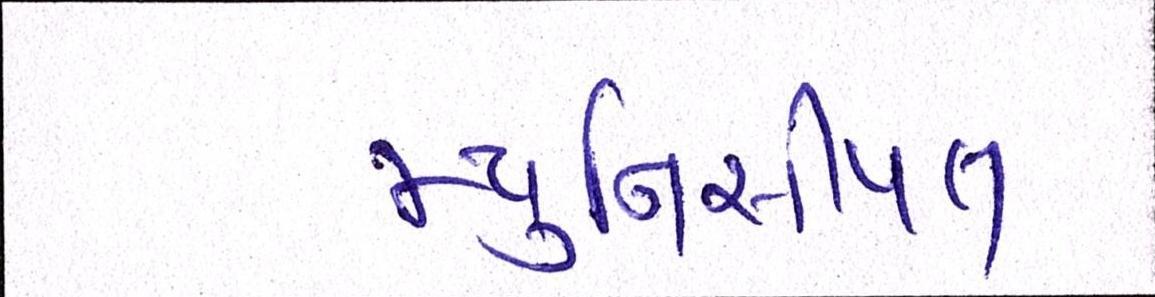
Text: મ્યુનિસીપલ